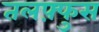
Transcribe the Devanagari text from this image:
तलफ़्फुस